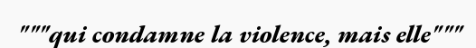
"""qui condamne la violence, mais elle"""